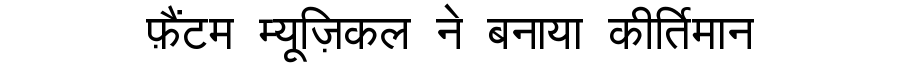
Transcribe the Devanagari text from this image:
फ़ैंटम म्यूज़िकल ने बनाया कीर्तिमान